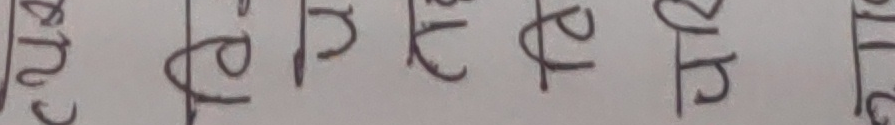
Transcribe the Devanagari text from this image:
कतेनटेहेहेलह